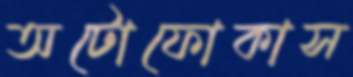
অটোফোকাস